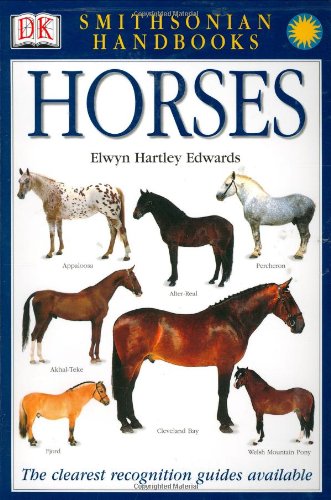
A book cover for Smithsonian Handbooks: Horses; Elwyn Hartley Edwards; Crafts, Hobbies & Home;